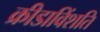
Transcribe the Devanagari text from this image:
क्रीडाविंशति